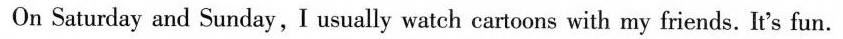
On Saturday and Sunday, I usually watch cartoons with my friends. It's fun.